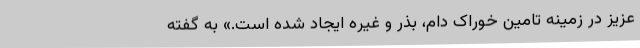
عزیز در زمینه تامین خوراک دام، بذر و غیره ایجاد شده است.» به گفته